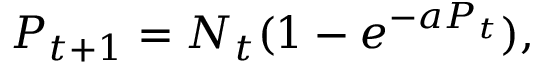
P _ { t + 1 } = N _ { t } ( 1 - e ^ { - a P _ { t } } ) ,